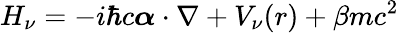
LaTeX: H_{\nu}=-i\hbar c\boldsymbol\alpha\cdot\nabla+V_{\nu}(r)+\beta mc^{2}